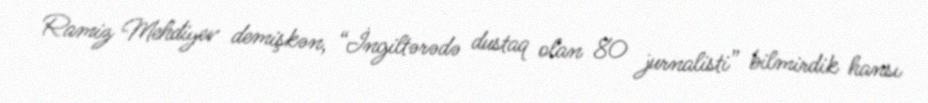
Ramiz Mehdiyev demişkən, “İngiltərədə dustaq olan 80 jurnalisti” bilmirdik hansı